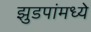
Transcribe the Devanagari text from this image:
झुडपांमध्ये